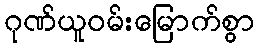
ဂုဏ်ယူဝမ်းမြောက်စွာ